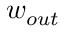
w _ { o u t }